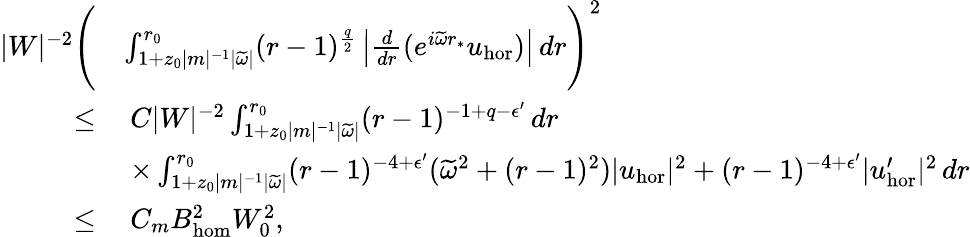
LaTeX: \begin{array}{rl}{|W|^{-2}\Bigg(}&{\int_{1+z_{0}|m|^{-1}|\widetilde{\omega}|}^{r_{0}}(r-1)^{\frac{q}{2}}\left|\frac{d}{dr}(e^{i\widetilde{\omega}r_{*}}{u}_{\mathrm{hor}})\right|\, dr\Bigg)^{2}}\\ {\leq}&{\: C|W|^{-2}\int_{1+z_{0}|m|^{-1}|\widetilde{\omega}|}^{r_{0}}(r-1)^{-1+q-\epsilon^{\prime}}\, dr}\\ &{\: \times\int_{1+z_{0}|m|^{-1}|\widetilde{\omega}|}^{r_{0}}(r-1)^{-4+\epsilon^{\prime}}(\widetilde{\omega}^{2}+(r-1)^{2})|{u}_{\mathrm{hor}}|^{2}+(r-1)^{-4+\epsilon^{\prime}}|{u}_{\mathrm{hor}}^{\prime}|^{2}\, dr}\\ {\leq}&{\: C_{m}B_{\mathrm{hom}}^{2}W_{0}^{2},}\end{array}